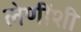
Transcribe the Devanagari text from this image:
लेणींशी